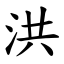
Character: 洪